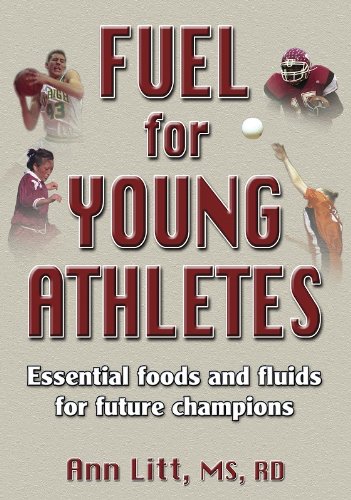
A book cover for Fuel for Young Athletes: Essential Foods and Fluids for Future Champions; Ann Litt; Health, Fitness & Dieting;